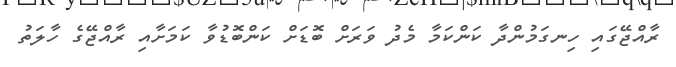
ރާއްޖޭގައި ހިނގަމުންދާ ކަންކަމާ މެދު ވަރަށް ބޮޑަށް ކަންބޮޑުވާ ކަމަށާއި ރާއްޖޭގެ ހާލަތު